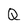
Character: Q